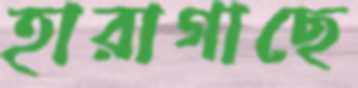
হারাগাছে